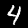
Digit: 4